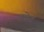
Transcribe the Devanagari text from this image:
अन्नेट